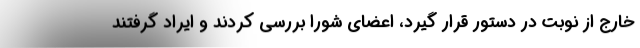
خارج از نوبت در دستور قرار گیرد، اعضای شورا بررسی کردند و ایراد گرفتند